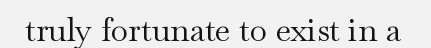
truly fortunate to exist in a